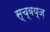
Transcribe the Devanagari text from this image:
स्च्वय्ज़